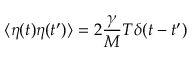
\langle \eta ( t ) \eta ( t ^ { \prime } ) \rangle = 2 \frac { \gamma } { M } T \delta ( t - t ^ { \prime } )